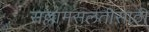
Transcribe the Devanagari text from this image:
सल्लामसलतीसाठी